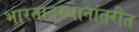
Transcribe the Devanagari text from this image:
भारतातस्थानांतरीत